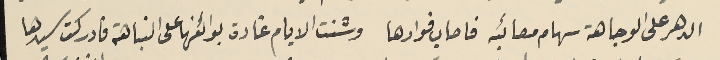
الدهر على الوجاهة سهام مصائبه فاصاب فوادها وشنت الايام غارة بوائنها على النباهة فادركت سيدها